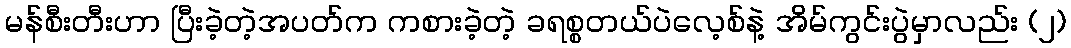
မန်စီးတီးဟာ ပြီးခဲ့တဲ့အပတ်က ကစားခဲ့တဲ့ ခရစ္စတယ်ပဲလေ့စ်နဲ့ အိမ်ကွင်းပွဲမှာလည်း (၂)